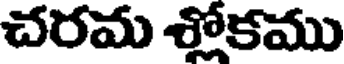
చరమ శ్లోకము